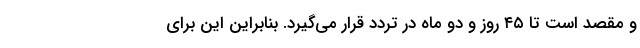
و مقصد است تا ۴۵ روز و دو ماه در تردد قرار می‌گیرد. بنابراین این برای